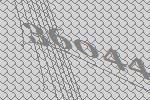
36044